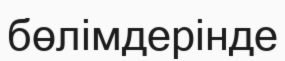
бөлімдерінде